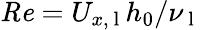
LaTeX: \mathit{Re}=U_{x,\mathrm{~l~}}h_{0}/\nu_{\mathrm{~l~}}